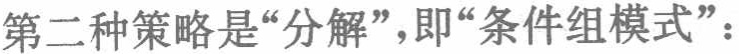
第二种策略是“分解”，即“条件组模式”：